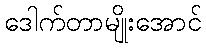
ဒေါက်တာမျိုးအောင်